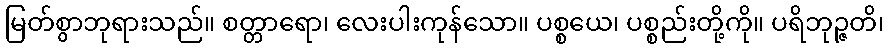
မြတ်စွာဘုရားသည်။ စတ္တာရော၊ လေးပါးကုန်သော။ ပစ္စယေ၊ ပစ္စည်းတို့ကို။ ပရိဘုဉ္ဇတိ၊